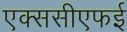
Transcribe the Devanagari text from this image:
एक्ससीएफई